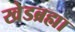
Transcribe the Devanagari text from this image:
खेडब्रह्मा